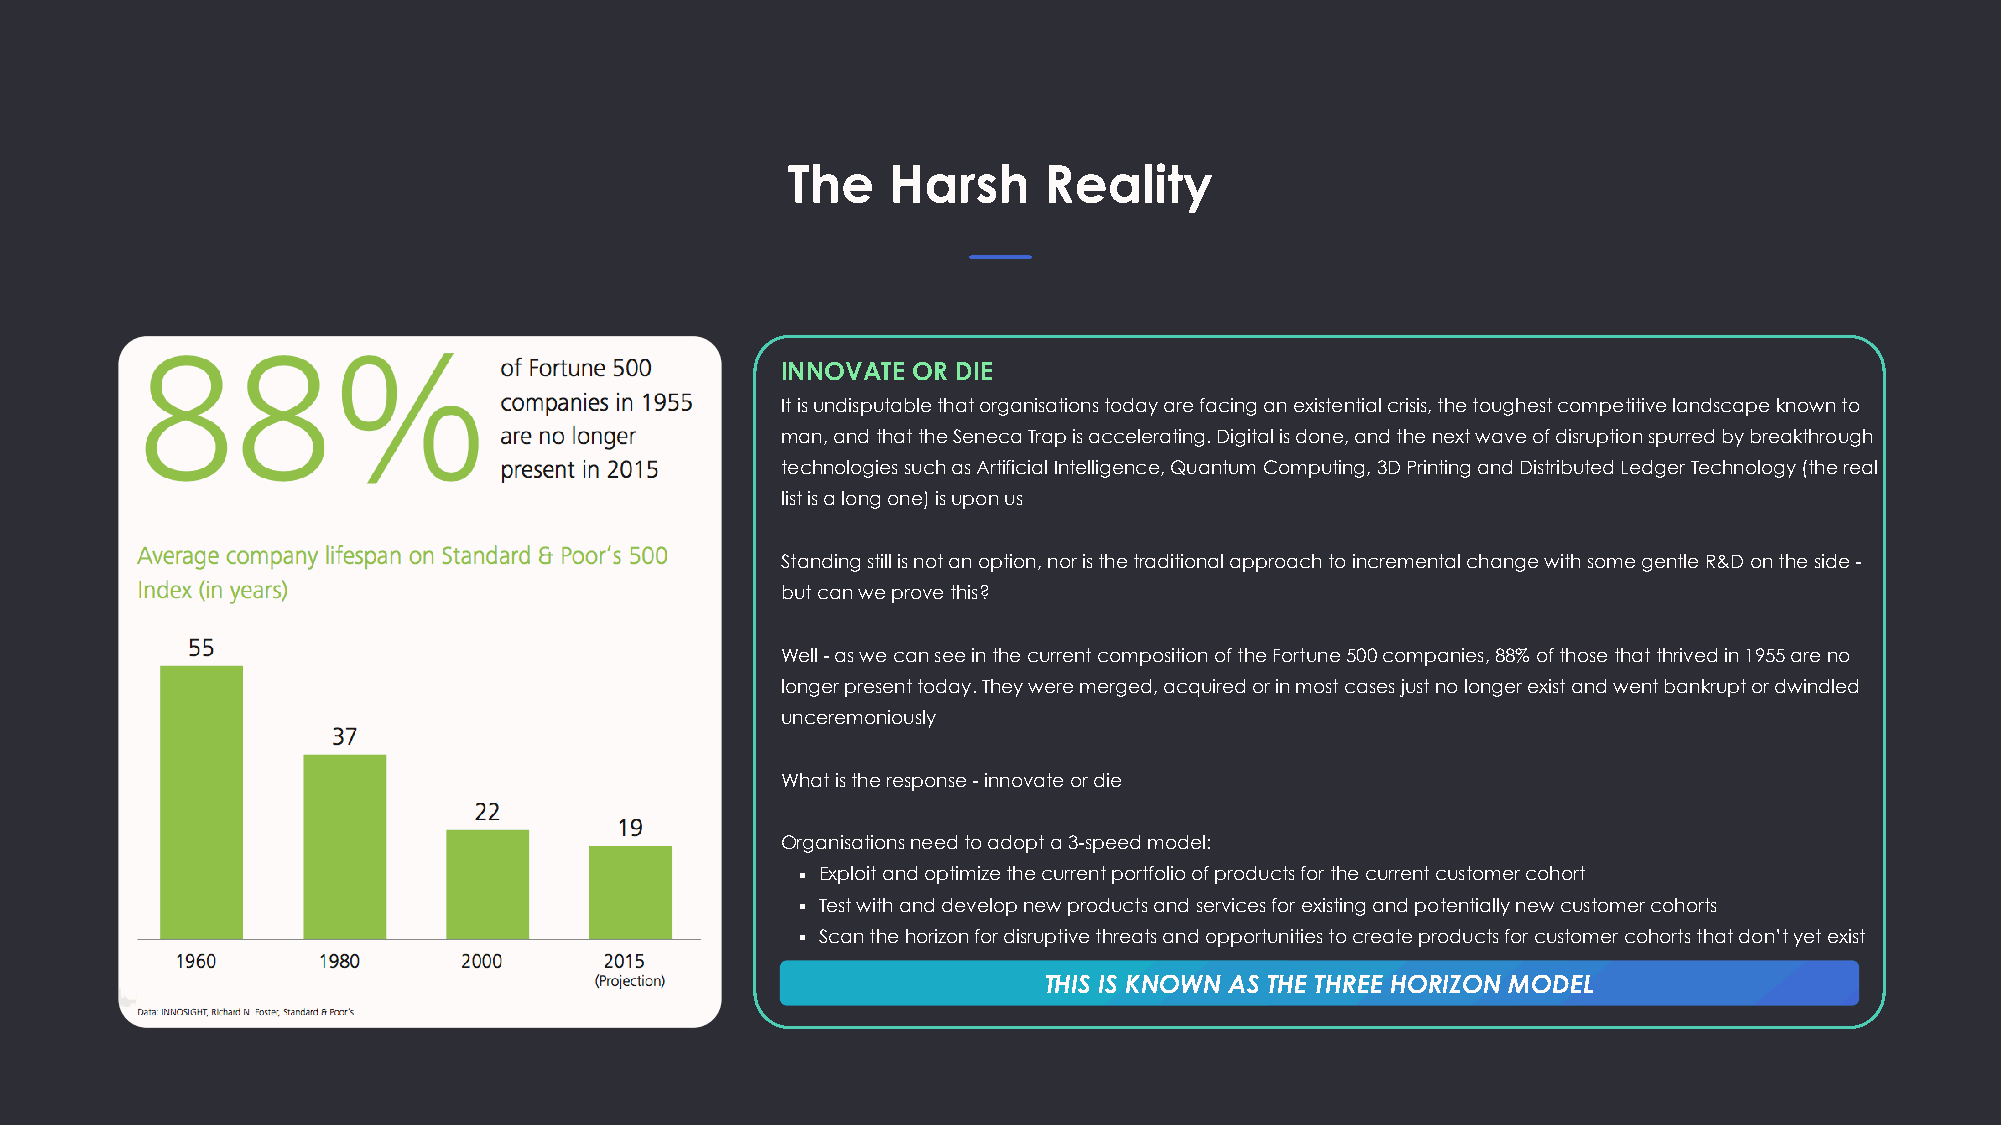
The    Harsh     Reality
 INNOVATE OR DIE
 It is undisputable that organisations today are facing an existential crisis, the toughest competitive landscape known to
 man, and that the Seneca Trap is accelerating. Digital is done, and the next wave of disruption spurred by breakthrough
 technologies such as Artificial Intelligence, Quantum Computing, 3D Printing and Distributed Ledger Technology (the real
 list is a long one) is upon us
 Standing still is not an option, nor is the traditional approach to incremental change with some gentle R&D on the side -
 but can we prove this?
 Well - as we can see in the current composition of the Fortune 500 companies, 88% of those that thrived in 1955 are no
 longer present today. They were merged, acquired or in most cases just no longer exist and went bankrupt or dwindled
 unceremoniously
 What is the response - innovate or die
 Organisations need to adopt a 3-speed model:
 ▪ Exploit and optimize the current portfolio of products for the current customer cohort
 ▪ Test with and develop new products and services for existing and potentially new customer cohorts
 ▪ Scan the horizon for disruptive threats and opportunities to create products for customer cohorts that don’t yet exist
 THIS IS KNOWN AS THE THREE HORIZON MODEL